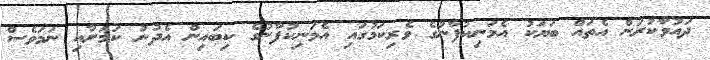
ދައުވާކުރަން އެތައް ބަޔަކު އެމަނިކުފާނުގެ ވެރިކަމުގައި އެމަނިކުފާނުގެ ކިބައިން އެދުނު ކަމަށާއި ނަމަވެސް